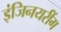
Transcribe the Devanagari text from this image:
इंजिनयरींग